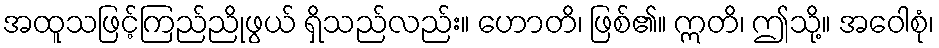
အထူသဖြင့်ကြည်ညိုဖွယ် ရှိသည်လည်း။ ဟောတိ၊ ဖြစ်၏။ ဣတိ၊ ဤသို့။ အဝေါစုံ၊